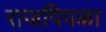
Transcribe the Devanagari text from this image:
राजपिपळा